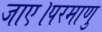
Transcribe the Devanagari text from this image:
जाए।परमाणु